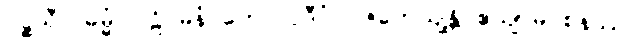
ပဉ္စသီလဓမ္မံ ပါဠိဂမနံ တေလပ္ပဒီပံ ပဇဟေယျန္တိ ဧယျာမဝစနဿ